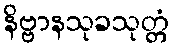
နိဗ္ဗာနသုခသုတ္တံ